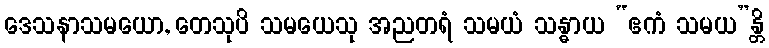
ဒေသနာသမယော, တေသုပိ သမယေသု အညတရံ သမယံ သန္ဓာယ “ဧကံ သမယ”န္တိ